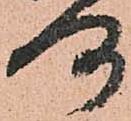
洛